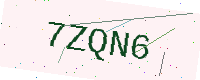
Text: 7ZQN6